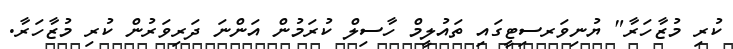
ކުރި މުޒާހަރާ" ޔުނިވަރސިޓީގައި ތައުލީމް ހާސިލް ކުރަމުން އަންނަ ދަރިވަރުން ކުރި މުޒާހަރާ.